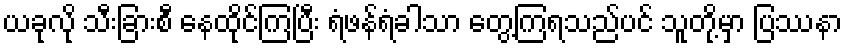
ယခုလို သီးခြားစီ နေထိုင်ကြပြီး ရံဖန်ရံခါသာ တွေ့ကြရသည်ပင် သူတို့မှာ ပြဿနာ